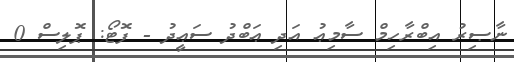
ނާޞިރު އިބްރާހިމް ސާމިޢު އަދި ޢަބްދު ސަޢީދު - ފޮޓޯ: ޕޮލިސް 0